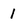
Character: 1